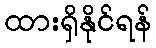
ထားရှိနိုင်ရန်